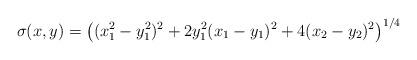
LaTeX: \begin{align*}\sigma(x,y)=\bigl((x_1^2-y_1^2)^2+ 2y_1^2(x_1-y_1)^2+4(x_2-y_2)^2\bigr)^{1/4}\end{align*}